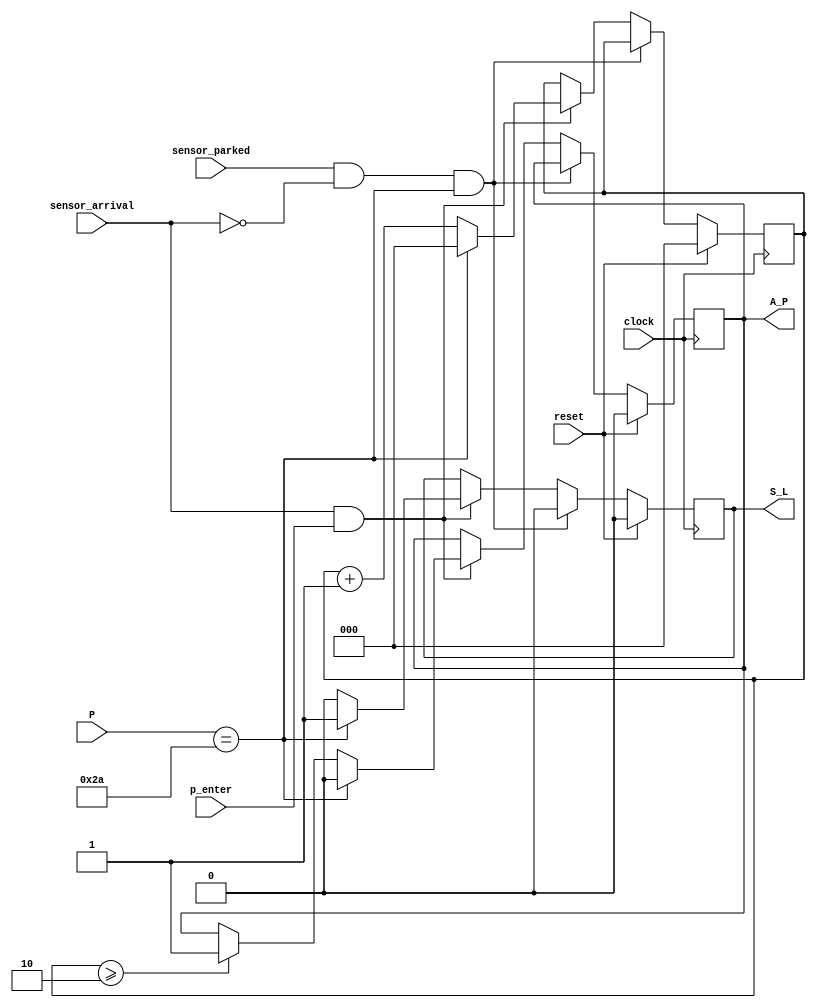
/* 
Controlador automatizado de acceso a estacionamiento con contrasea y compuerta.

Hecho por: Oscar Porras Silesky
Fecha de entrega: 13 de Abril de 2024

Archivo: pruebas.v
*/


// Modulo de verificacion de contrasea
module passwordSystem(
    input wire clock,           // Entrada: Seal de reloj
    input wire [7:0] P,         // Entrada: Contrasea proporcionada
    input wire sensor_arrival,  // Entrada: Sensor que detecta la llegada de un vehculo
    input wire p_enter,         // Entrada: Seal de confirmacin de entrada de contrasea
    input wire sensor_parked,   // Entrada: Sensor de vehculo estacionado
    input wire reset,           // Entrada: Seal de reset
    output reg S_L,             // Salida: Seal de validez de la contrasea
    output reg A_P              // Salida: Alarma por intentos fallidos
);

    localparam rightPass = 8'b00101010; // Carn: C16042, ajustado con la especificacin k
    reg [2:0] attempt_count = 0; // Contador de intentos fallidos

    // Inicializacin de las salidas
    initial begin
        S_L = 0;
        A_P = 0;
        attempt_count = 0;
    end


    // Bloque always para la lgica secuencial de verificacin de contrasea
always @(posedge clock) begin
    if (reset) begin
        // Lgica de reset: Inicializa las salidas y el contador de intentos
        S_L <= 0;
        A_P <= 0;
        attempt_count <= 0;
    end else begin
        
        if (sensor_parked && !sensor_arrival && P == rightPass) begin
            // Si el vehculo ya entr, bajar la seal de validez de la contrasea
            S_L <= 0;
        end else if (sensor_arrival && p_enter) begin
            // Revisa la contrasea cuando se presiona 'enter'
            if (P == rightPass) begin
                // Contrasea correcta
                S_L <= 1;
                attempt_count <= 0;
                A_P <= 0;
            end else begin
                // Contrasea incorrecta
                S_L <= 0;
                attempt_count <= attempt_count + 1;
                if (attempt_count >= 2) begin

                    // Activar alarma despus de 3 o mas intentos fallidos, 6 por los ciclos de reloj
                    A_P <= 1;
                end
            end
        end else begin
            // Mantener el estado actual si no se cumplen las condiciones anteriores
            S_L <= S_L;
            A_P <= A_P;
            attempt_count <= attempt_count;
        end
    end
end
endmodule

// Mdulo de control de la compuerta
module gateSystem(
    input wire clock,          // Aadir seal de reloj
    input wire S_L,            // Entrada: Seal de validez de la contrasea
    input wire sensor_arrival, // Entrada: Sensor de llegada de vehculo
    input wire sensor_parked,  // Entrada: Sensor de vehculo estacionado
    input wire reset,          // Entrada: Seal de reset
    output reg G_O,            // Salida: Accin de la compuerta (abrir)
    output reg G_C,            // Salida: Estado de la compuerta (cerrar)
    output reg B,              // Salida: Seal de bloqueo del sistema
    output reg A_B             // Salida: Alarma de bloqueo
);

    // Estado inicial de la compuerta, el bloqueo y la alarma de bloqueo
    initial begin
        G_O = 0;
        G_C = 0;
        B = 0;
        A_B = 0;
    end


    // Bloque always para la lgica secuencial de control de la compuerta
    always @(posedge clock) begin
        if (reset) begin
        // Lgica de reset: Inicializa las salidas del sistema de la compuerta
        G_O <= 0;
        G_C <= 0;
        B <= 0;
        A_B <= 0;
        end else begin
            if (S_L) begin
                G_O <= 1; // Abrir la compuerta si la contrasea es vlida
                G_C <= 0;
                B <= 0;
                A_B <= 0;
            end else if (sensor_arrival && sensor_parked) begin
                B <= 1;
                A_B <= 1;
                G_O <= 0; // No se intenta abrir la compuerta durante el bloqueo
                G_C <= 1; // Asumimos que la compuerta se cierra en estado de bloqueo
            end else if (!sensor_parked) begin
                G_C <= 0;
            end else if (sensor_parked) begin 
                G_C <= 1; // Cierra la compuerta si el vehculo est estacionado
                G_O <= 0;
            end 
        end
    end
endmodule